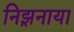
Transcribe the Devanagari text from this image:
निझ़नाया